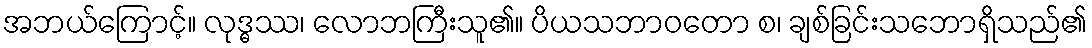
အဘယ်ကြောင့်။ လုဒ္ဓဿ၊ လောဘကြီးသူ၏။ ပိယသဘာဝတော စ၊ ချစ်ခြင်းသဘောရှိသည်၏